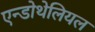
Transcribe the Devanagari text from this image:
एन्डोथेलियल